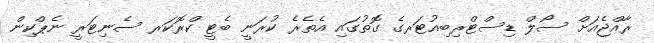
ރާއްޖެއަށް ސޯލް ޑިސްޓްރިބިއުޓަރގެ ގޮތުގައި އެތެރެ ކުރަނީ ބެޓީ ކްރޮކަރ ސެނިޓަރީ ނެޕްކިން